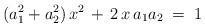
LaTeX: \begin{align*}(a_1^2+a_2^2)\,x^2 \,+\, 2\,x\,a_1a_2 \;=\; 1\end{align*}